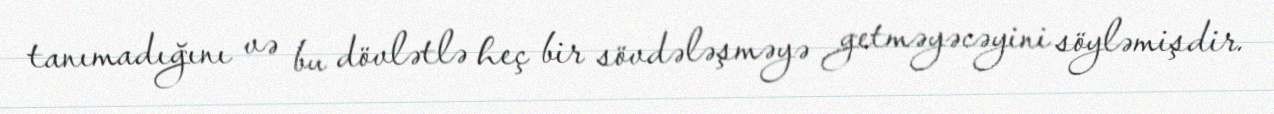
tanımadığını və bu dövlətlə heç bir sövdələşməyə getməyəcəyini söyləmişdir.